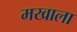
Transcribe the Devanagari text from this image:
मखाला